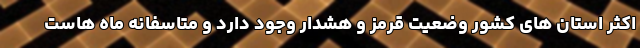
اکثر استان های کشور وضعیت قرمز و هشدار وجود دارد و متاسفانه ماه هاست